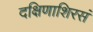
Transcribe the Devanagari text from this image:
दक्षिणाशिरसं